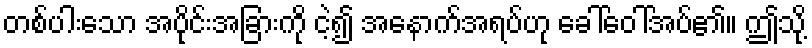
တစ်ပါးသော အပိုင်းအခြားကို ငဲ့၍ အနောက်အရပ်ဟု ခေါ်ဝေါ်အပ်၏။ ဤသို့